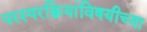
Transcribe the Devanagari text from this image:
परस्परक्रियांविषयीच्या